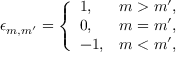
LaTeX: \epsilon _ { m , m ^ { \prime } } = \left\{ \begin{array} { l l } { { 1 , } } & { { m > m ^ { \prime } , } } \\ { { 0 , } } & { { m = m ^ { \prime } , } } \\ { { - 1 , } } & { { m < m ^ { \prime } , } } \end{array} \right.